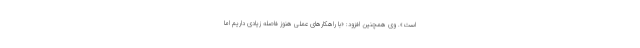
است». وی همچنین افزود: «با راهکارهای عملی هنوز فاصله زیادی داریم اما